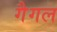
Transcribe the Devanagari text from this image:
गैगल